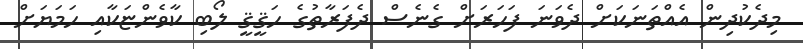
މިދެކުދިން އެއްތަނަކަށް ދެވަނަ ފަހަރަށް ގެނެސް ދެފަރާތުގެ ހަޤީޤީ ލޯބި ކާވެންޏަކާއި ހަމަޔަށް